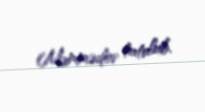
Məmmədov tutulub.